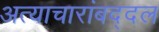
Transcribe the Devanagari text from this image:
अत्याचारांबद्दल